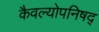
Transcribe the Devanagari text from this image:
कैवल्योपनिषद्